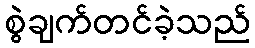
စွဲချက်တင်ခဲ့သည်